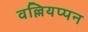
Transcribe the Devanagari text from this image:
वल्लियप्पन